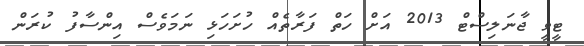
ޓީވީ ޖާނަލިސްޓް 2013 އަށް ހަތް ފަރާތެއް ހުށަހަޅި ނަމަވެސް އިންސާފު ކުރަން